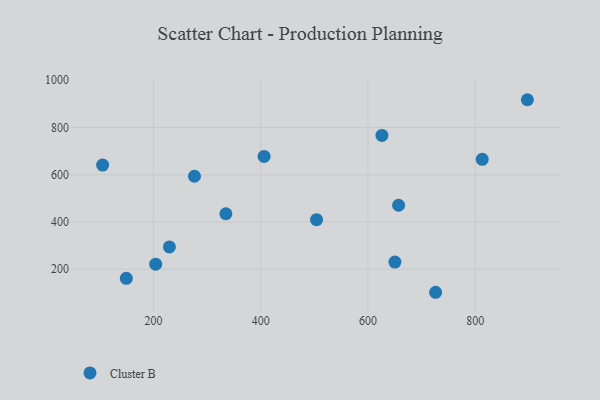
{"axis": {"x": "Speed", "y": "Demand"}, "legend": ["Cluster B"], "data": [{"x": "626.0", "y": 766.4, "type": "Cluster B"}, {"x": "204.0", "y": 220.9, "type": "Cluster B"}, {"x": "897.3", "y": 917.6, "type": "Cluster B"}, {"x": "657.1", "y": 470.6, "type": "Cluster B"}, {"x": "504.0", "y": 409.4, "type": "Cluster B"}, {"x": "813.1", "y": 665.1, "type": "Cluster B"}, {"x": "334.9", "y": 434.7, "type": "Cluster B"}, {"x": "105.0", "y": 640.9, "type": "Cluster B"}, {"x": "406.2", "y": 677.3, "type": "Cluster B"}, {"x": "229.6", "y": 293.9, "type": "Cluster B"}, {"x": "650.2", "y": 229.8, "type": "Cluster B"}, {"x": "276.3", "y": 593.4, "type": "Cluster B"}, {"x": "149.2", "y": 161.1, "type": "Cluster B"}, {"x": "726.1", "y": 102.0, "type": "Cluster B"}]}